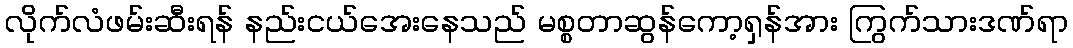
လိုက်လံဖမ်းဆီးရန် နည်းငယ်အေးနေသည် မစ္စတာဆွန်ကော့ရှန်အား ကြွက်သားဒဏ်ရာ